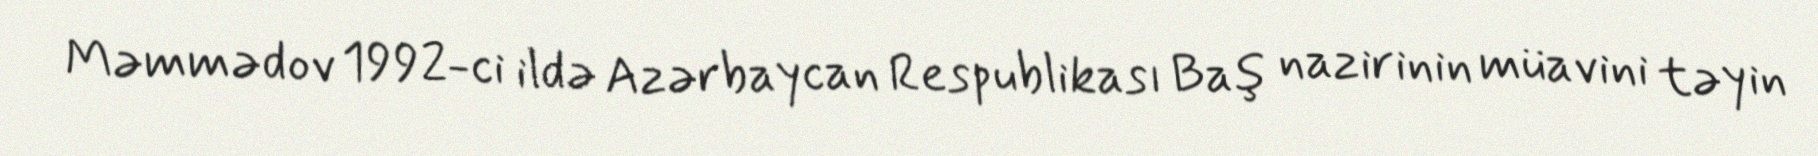
Məmmədov 1992-ci ildə Azərbaycan Respublikası Baş nazirinin müavini təyin